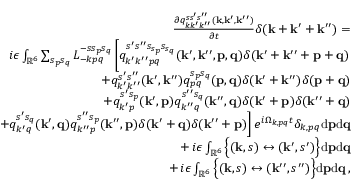
\begin{array} { r l r } & { } & { \frac { \partial q _ { k k ^ { \prime } k ^ { \prime \prime } } ^ { s s ^ { \prime } s ^ { \prime \prime } } ( { \bf k } , { \bf k } ^ { \prime } , { \bf k } ^ { \prime \prime } ) } { \partial t } \delta ( { \bf k } + { \bf k } ^ { \prime } + { \bf k } ^ { \prime \prime } ) = } \\ & { } & { i \epsilon \int _ { { \mathbb { R } } ^ { 6 } } \sum _ { s _ { p } s _ { q } } L _ { - k p q } ^ { - s s _ { p } s _ { q } } \left[ q _ { k ^ { \prime } k ^ { \prime \prime } p q } ^ { s ^ { \prime } s ^ { \prime \prime } s _ { s _ { p } } s _ { s _ { q } } } ( { \bf k } ^ { \prime } , { \bf k } ^ { \prime \prime } , { \bf p } , { \bf q } ) \delta ( { \bf k } ^ { \prime } + { \bf k } ^ { \prime \prime } + { \bf p } + { \bf q } ) \right. } \\ & { } & { + q _ { k ^ { \prime } k ^ { \prime \prime } } ^ { s ^ { \prime } s ^ { \prime \prime } } ( { \bf k } ^ { \prime } , { \bf k } ^ { \prime \prime } ) q _ { p q } ^ { s _ { p } s _ { q } } ( { \bf p } , { \bf q } ) \delta ( { \bf k } ^ { \prime } + { \bf k } ^ { \prime \prime } ) \delta ( { \bf p } + { \bf q } ) } \\ & { } & { + q _ { k ^ { \prime } p } ^ { s ^ { \prime } s _ { p } } ( { \bf k } ^ { \prime } , { \bf p } ) q _ { k ^ { \prime \prime } q } ^ { s ^ { \prime \prime } s _ { q } } ( { \bf k } ^ { \prime \prime } , { \bf q } ) \delta ( { \bf k } ^ { \prime } + { \bf p } ) \delta ( { \bf k } ^ { \prime \prime } + { \bf q } ) } \\ & { } & { \left. + q _ { k ^ { \prime } q } ^ { s ^ { \prime } s _ { q } } ( { \bf k } ^ { \prime } , { \bf q } ) q _ { k ^ { \prime \prime } p } ^ { s ^ { \prime \prime } s _ { p } } ( { \bf k } ^ { \prime \prime } , { \bf p } ) \delta ( { \bf k } ^ { \prime } + { \bf q } ) \delta ( { \bf k } ^ { \prime \prime } + { \bf p } ) \right] e ^ { i \Omega _ { k , p q } t } \delta _ { k , p q } \mathrm { d } { \bf p } \mathrm { d } { \bf q } } \\ & { } & { + \, i \epsilon \int _ { { \mathbb { R } } ^ { 6 } } \Big \{ ( { \bf k } , s ) \leftrightarrow ( { \bf k } ^ { \prime } , s ^ { \prime } ) \Big \} \mathrm { d } { \bf p } \mathrm { d } { \bf q } } \\ & { } & { + \, i \epsilon \int _ { { \mathbb { R } } ^ { 6 } } \Big \{ ( { \bf k } , s ) \leftrightarrow ( { \bf k } ^ { \prime \prime } , s ^ { \prime \prime } ) \Big \} \mathrm { d } { \bf p } \mathrm { d } { \bf q } \, , } \end{array}